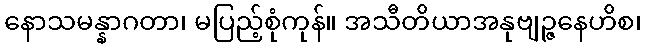
နောသမန္နာဂတာ၊ မပြည့်စုံကုန်။ အသီတိယာအနုဗျဉ္ဇနေဟိစ၊